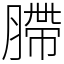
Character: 䐭